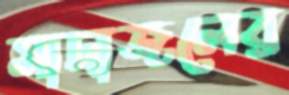
সাদাজলের